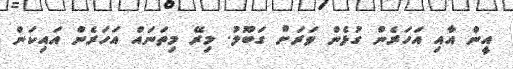
އީން އާއި އަހަރެން ގުޅެން ވަރަށް ގަބޫލު. މިރޭ މިތަނައް އަހަރެން އައިކަން